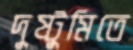
দুষ্টুমিতে